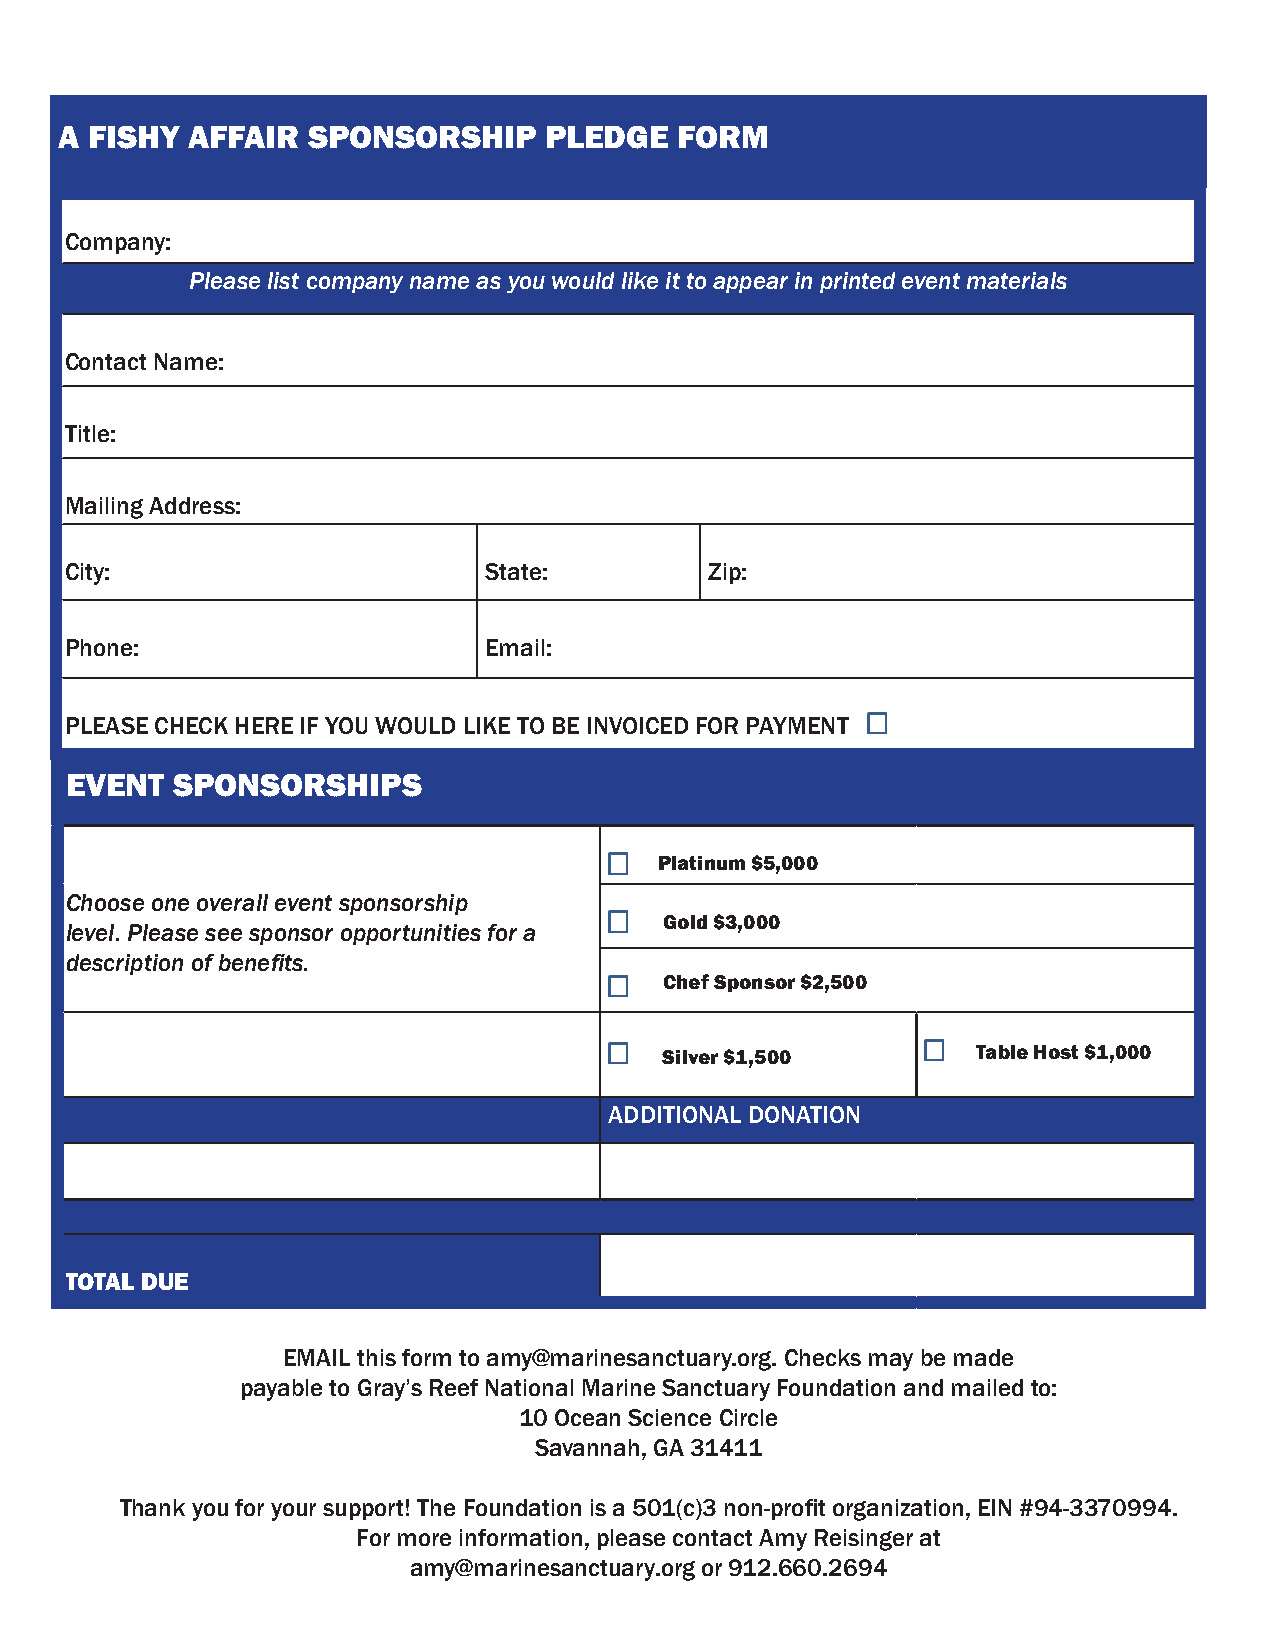
A FISHY AFFAIR  SPONSORSHIP     PLEDGE   FORM
 Company:
 Please list company name as you would like it to appear in printed event materials
 Contact Name:
 Title:
 Mailing Address:
 City:                       State:         Zip:
 Phone:                      Email:
 PLEASE CHECK HERE IF YOU WOULD LIKE TO BE INVOICED FOR PAYMENT
 EVENT  SPONSORSHIPS
 Platinum $5,000
 Choose one overall event sponsorship
 Gold $3,000
 level. Please see sponsor opportunities for a
 description of benefits.
 Chef Sponsor $2,500
 Silver $1,500        Table Host $1,000
 ADDITIONAL DONATION
 TOTAL DUE
 EMAIL this form to amy@marinesanctuary.org. Checks may be made
 payable to Gray’s Reef National Marine Sanctuary Foundation and mailed to:
 10 Ocean Science Circle
 Savannah, GA 31411
 Thank you for your support! The Foundation is a 501(c)3 non-profit organization, EIN #94-3370994.
 For more information, please contact Amy Reisinger at
 amy@marinesanctuary.org or 912.660.2694